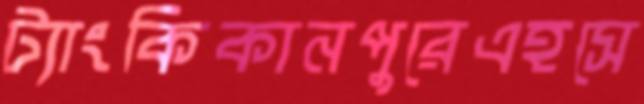
ট্যাংকিকানপুরেএহসে